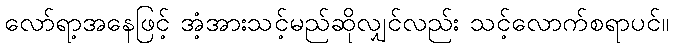
လော်ရာ့အနေဖြင့် အံ့အားသင့်မည်ဆိုလျှင်လည်း သင့်လောက်စရာပင်။